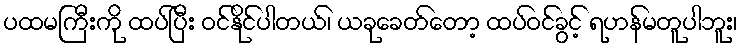
ပထမကြီးကို ထပ်ပြီး ဝင်နိုင်ပါတယ်၊ ယခုခေတ်တော့ ထပ်ဝင်ခွင့် ရဟန်မတူပါဘူး၊